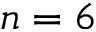
n = 6